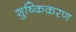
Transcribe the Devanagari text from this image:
शुष्किकरण